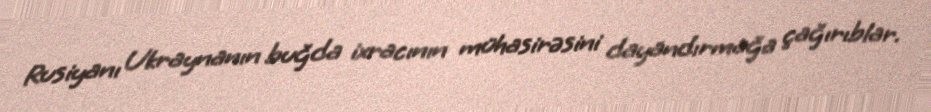
Rusiyanı Ukraynanın buğda ixracının mühasirəsini dayandırmağa çağırıblar.